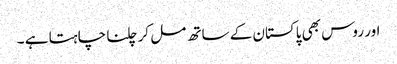
اور روس بھی پاکستان کے ساتھ مل کر چلنا چاہتا ہے ۔